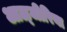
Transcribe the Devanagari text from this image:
आळ्जीरिया